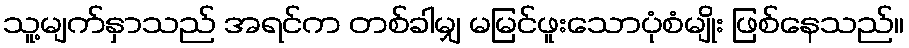
သူ့မျက်နှာသည် အရင်က တစ်ခါမျှ မမြင်ဖူးသောပုံစံမျိုး ဖြစ်နေသည်။